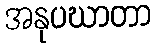
အနုပဃာတာ